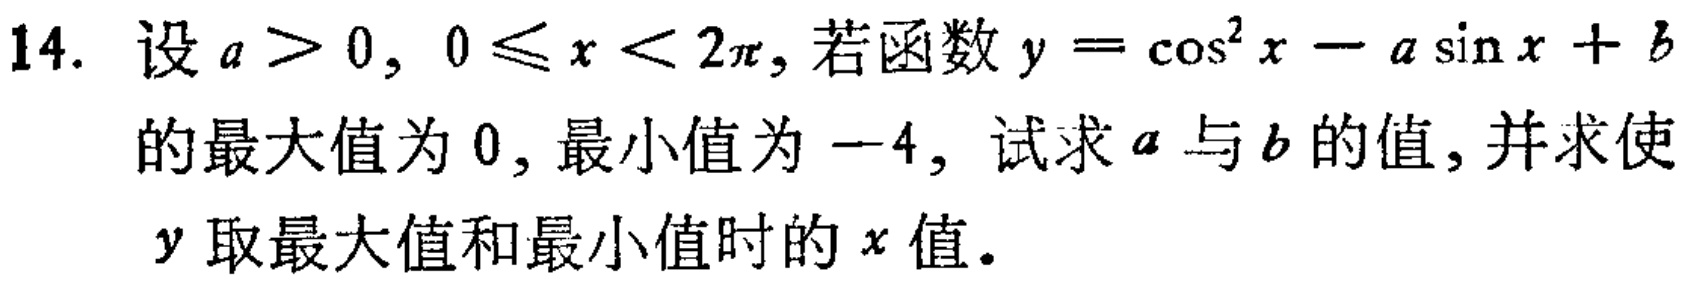
14. 设$a > 0,0\leqslant x < 2\pi$, 若函数$y = \cos^{2}x - a\sin x + b$的最大值为$0$, 最小值为$-4$, 试求$a$与$b$的值, 并求使$y$取最大值和最小值时的$x$值.